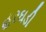
હરઘડી